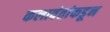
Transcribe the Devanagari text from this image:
कलावंतांकडून